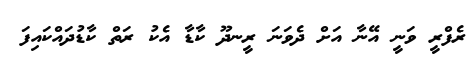
ރެފްރީ ވަނީ އޭނާ އަށް ދެވަނަ ރީނދޫ ކާޑާ އެކު ރަތް ކާޑުދައްކައިފަ